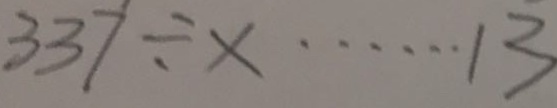
3 3 7 \div x \cdots 1 3